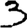
Digit: 3